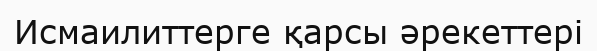
Исмаилиттерге қарсы әрекеттері